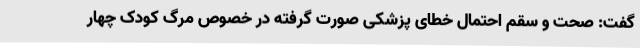
گفت: صحت و سقم احتمال خطای پزشکی صورت گرفته در خصوص مرگ کودک چهار